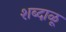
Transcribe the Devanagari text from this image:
शब्दाळू